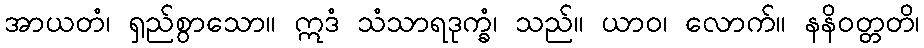
အာယတံ၊ ရှည်စွာသော။ ဣဒံ သံသာရဒုက္ခံ၊ သည်။ ယာဝ၊ လောက်။ နနိဝတ္တတိ၊